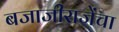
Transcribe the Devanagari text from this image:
बजाजीराजेंचा